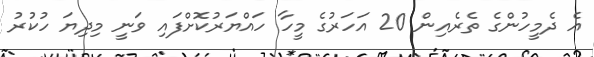
އެ ދެމީހުންގެ ތެރެއިން 20 އަހަރުގެ މީހާ ހައްޔަރުކޮށްފައި ވަނީ މިދިޔަ ހުކުރު